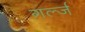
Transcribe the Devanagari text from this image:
गर्ल्‍ज